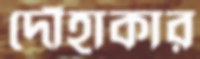
দোঁহাকার